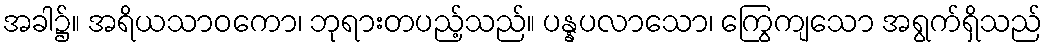
အခါ၌။ အရိယသာဝကော၊ ဘုရားတပည့်သည်။ ပန္နပလာသော၊ ကြွေကျသော အရွက်ရှိသည်